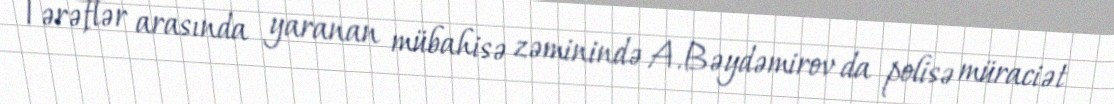
Tərəflər arasında yaranan mübahisə zəminində A.Bəydəmirov da polisə müraciət